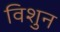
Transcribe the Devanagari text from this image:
विशुन